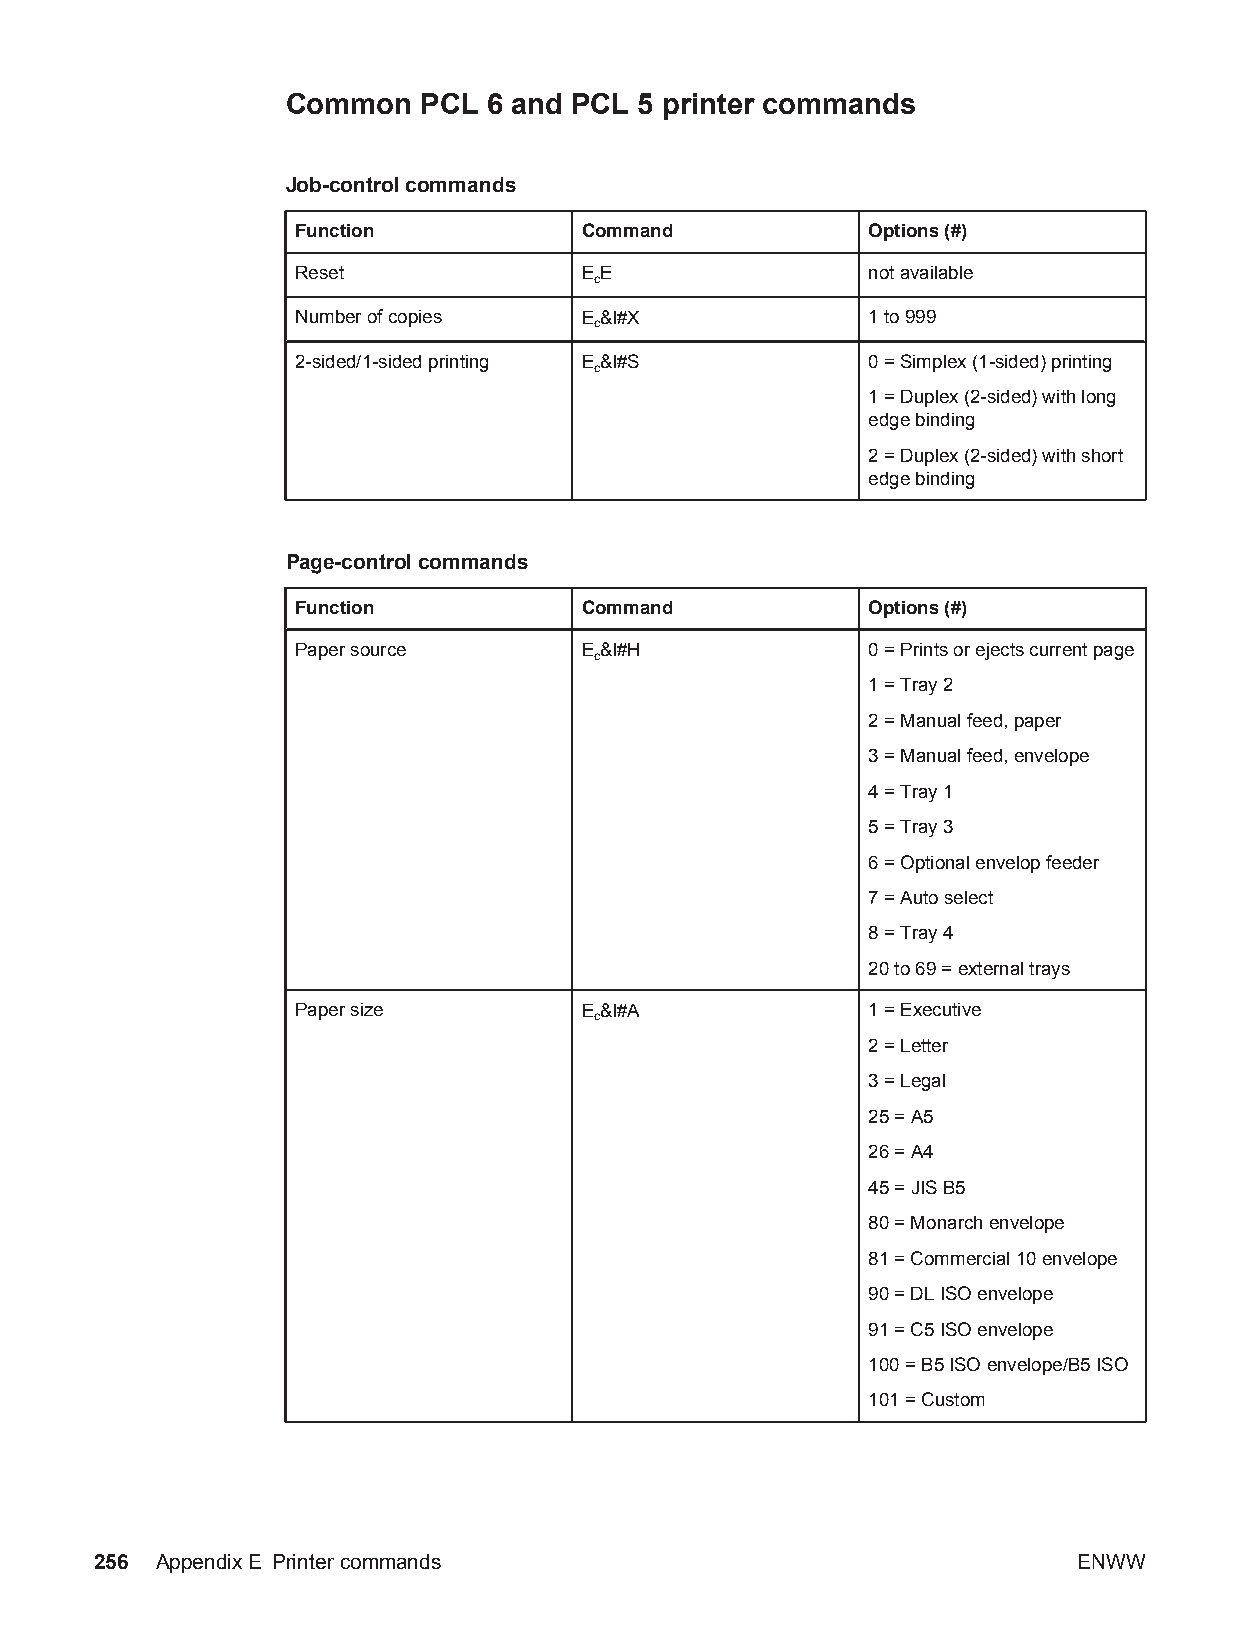
Common   PCL 6 and PCL 5 printer commands
 Job-control commands
 Function          Command            Options (#)
 Reset             EE                 not available
 c
 Number of copies  E&l#X              1 to 999
 c
 2-sided/1-sided printing E&l#S       0 = Simplex (1-sided) printing
 c
 1 = Duplex (2-sided) with long
 edge binding
 2 = Duplex (2-sided) with short
 edge binding
 Page-control commands
 Function          Command            Options (#)
 Paper source      E&l#H              0 = Prints or ejects current page
 c
 1 = Tray 2
 2 = Manual feed, paper
 3 = Manual feed, envelope
 4 = Tray 1
 5 = Tray 3
 6 = Optional envelop feeder
 7 = Auto select
 8 = Tray 4
 20 to 69 = external trays
 Paper size        E&l#A              1 = Executive
 c
 2 = Letter
 3 = Legal
 25 = A5
 26 = A4
 45 = JIS B5
 80 = Monarch envelope
 81 = Commercial 10 envelope
 90 = DL ISO envelope
 91 = C5 ISO envelope
 100 = B5 ISO envelope/B5 ISO
 101 = Custom
 256 AppendixE Printer commands                                   ENWW